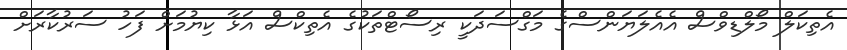
އެތިކަލް މޯލްޑިވްސް އެއެލަޔަންސްގެ މަގްސަދަކީ ރިސޯޓްތަކުގެ އެތިކްސް އަޅާ ކިޔުމަށް ފަހު ސަރުކާރަށް